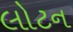
લોટન